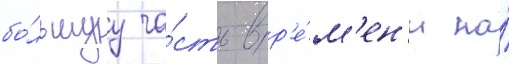
бо́льшуу ча́сть вр'е́м'ен'и на́